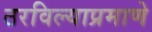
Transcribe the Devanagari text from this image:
ठरविल्याप्रमाणे